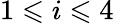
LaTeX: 1\leqslant i\leqslant 4